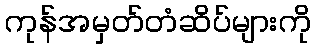
ကုန်အမှတ်တံဆိပ်များကို